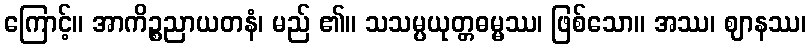
ကြောင့်။ အာကိဉ္စညာယတနံ၊ မည် ၏။ သသမ္ပယုတ္တဓမ္မဿ၊ ဖြစ်သော။ အဿ၊ ဈာနဿ၊